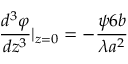
{ \frac { d ^ { 3 } \varphi } { d z ^ { 3 } } } | _ { z = 0 } = - { \frac { \psi 6 b } { \lambda a ^ { 2 } } }